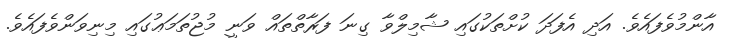
އާންމުވެފައެވެ. އަދި އެފަދަ ކުށްތަކުގައި ޝާމިލްވާ ގިނަ ފަރާތްތައް ވަނީ މުޖުތަމަޢުގައި މިނިވަންވެފައެވެ.